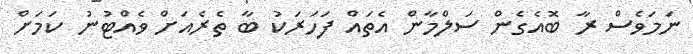
ނަމަވެސް ރާ ބޮއެގެން ސަލްމާން އެތައް ފަހަރަކު ބާ ތެރެއަށް ވެއްޓުނު ކަމަށް